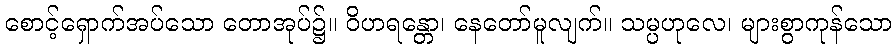
စောင့်ရှောက်အပ်သော တောအုပ်၌။ ဝိဟရန္တော၊ နေတော်မူလျက်။ သမ္ပဟုလေ၊ များစွာကုန်သော